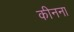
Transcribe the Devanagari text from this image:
कीनना